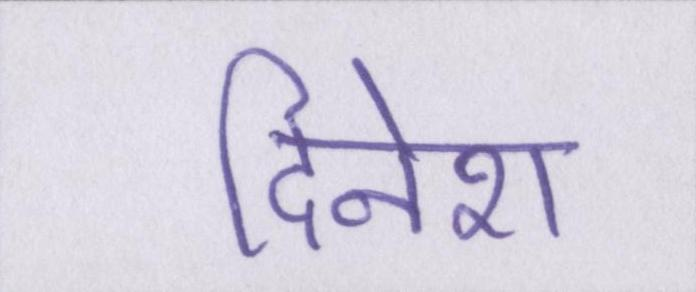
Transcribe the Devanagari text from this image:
दिनेश